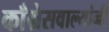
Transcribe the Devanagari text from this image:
काँग्रेसवाल्यांनी